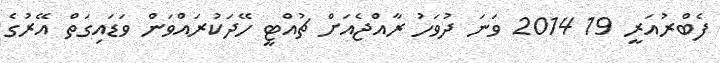
ފެބްރުއަރީ 19 2014 ވަނަ ދުވަހު ރާއްޖެއަށް ޗުއްޓީ ހޭދަކުރައްވަން ވަޑައިގަތް އޭރުގެ